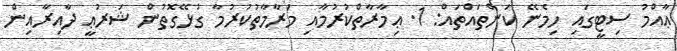
ޢާއްމު ސިޓީގައި ހިމެނޭ ކަންތައްތައް: 1. ޢިމާރާތްކުރުމާއި މަރާމާތުކުރުމާ ގުޅޭގޮތުން ޝަރުޢީ ދާއިރާއިން